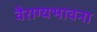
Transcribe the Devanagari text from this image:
वैराग्यभावना